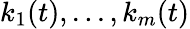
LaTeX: k_{1}(t),...,k_{m}(t)